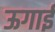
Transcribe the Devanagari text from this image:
ऊगाई